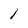
Character: 1